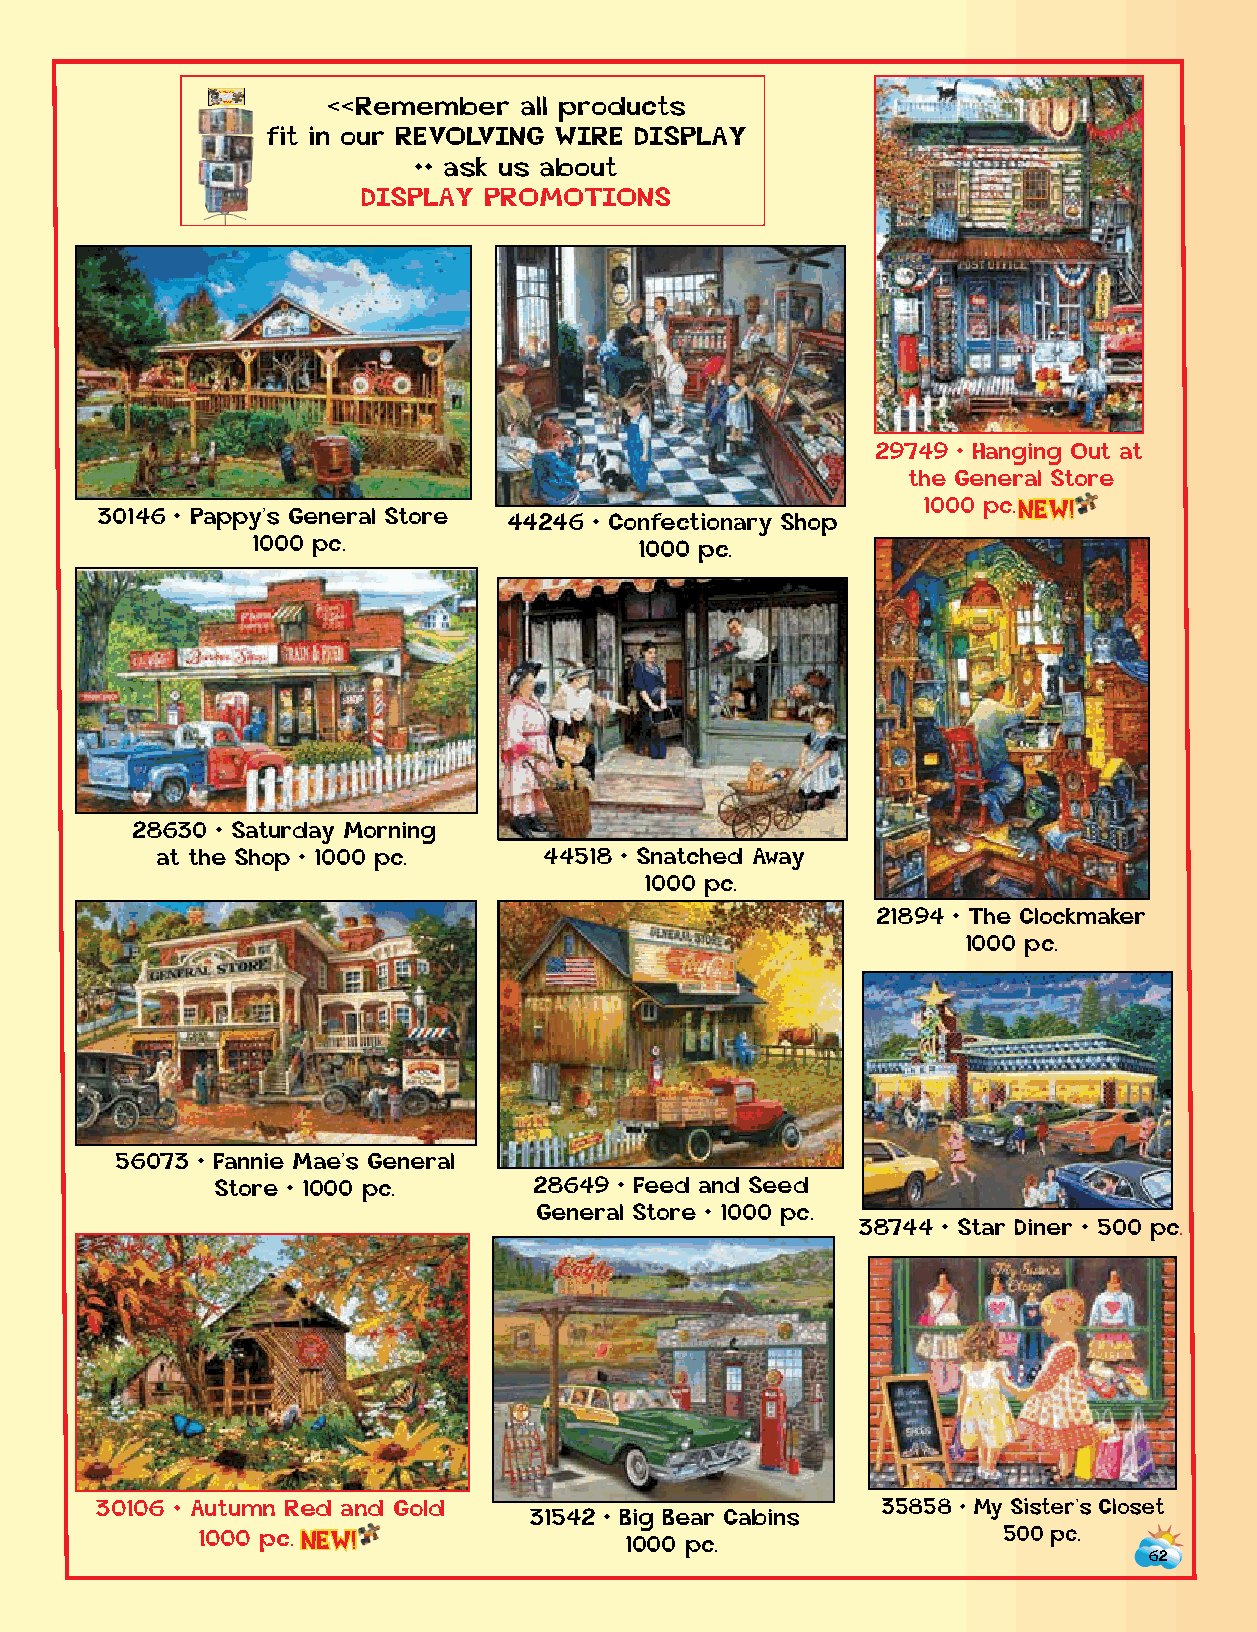
SQuu a n li P ts y rino OJ utig dhus leya t Uw M, . SP aIu .dAz .enzlecs. <<Remember all products
 fit in our REVOLVING WIRE DISPLAY
 •• ask us about
 DISPLAY PROMOTIONS
 29749 • Hanging Out at
 the General Store
 30146 • Pappy’s General Store 44246 • Confectionary Sho p
 1000 p c .NEW!
 1000 pc.                 1000 pc.
 28739 • Back in the Good
 Old Days • 1000 pc.
 28630 • Saturday Morning
 at the Shop • 1000 pc.    44518 • Snatched Away
 29753 • The Old Country Store              1000 pc.
 1000 pc.
 21894 • The Clockmaker
 1000 pc.
 56073 • Fannie Mae’s General
 Store • 1000 pc.     28649 • Feed and Seed
 General Store • 1000 pc.
 38744 • Star Diner • 500 pc.
 30106 • Autumn Red and Gold                         35858 • My Sister’s Closet
 31542 • Big Bear Cabins
 1000 p c . NEW!             1000 pc.                 500 pc.
 62